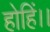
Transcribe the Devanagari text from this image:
होहिं।।